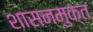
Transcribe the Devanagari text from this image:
शासनमुक्त